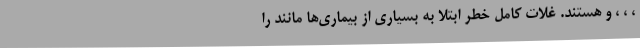
، ، ، و هستند. غلات کامل خطر ابتلا به بسیاری از بیماری‌ها مانند را